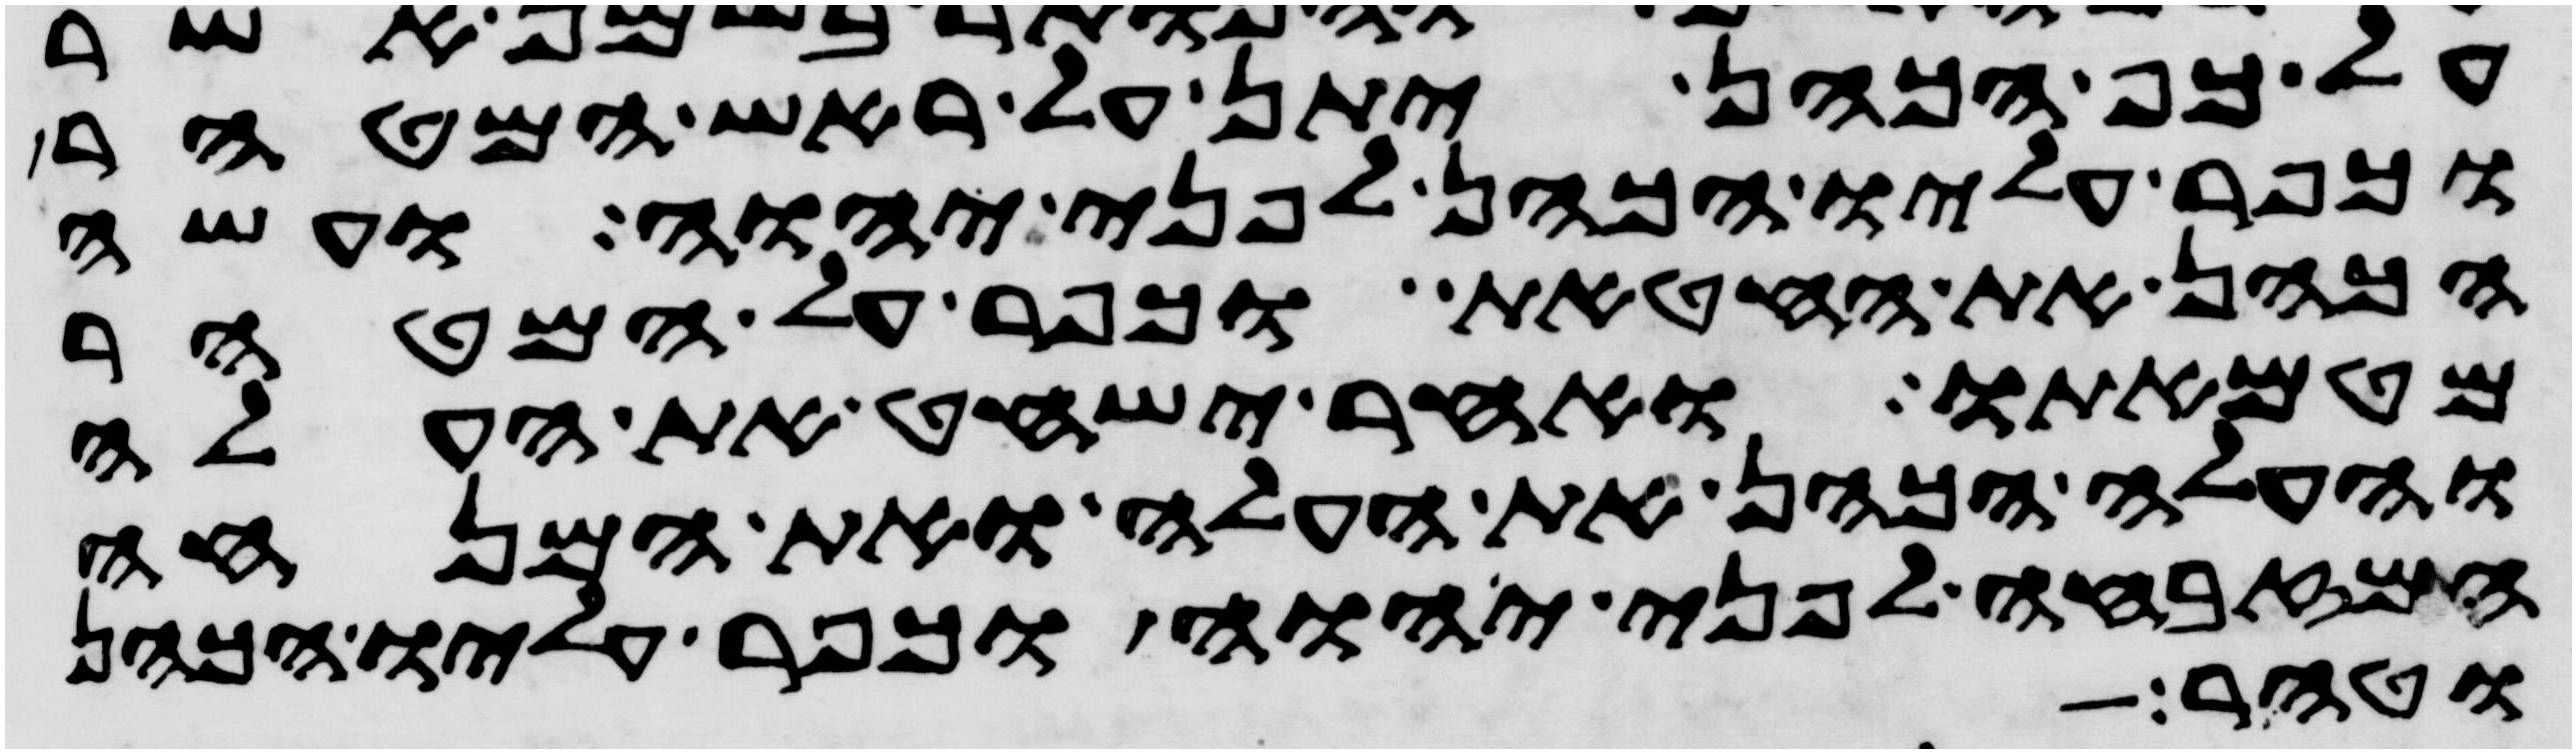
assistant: על כף הכהן יתן על ראש המטהר
וכפר עליו הכהן לפני יהוה ועשה
הכהן את החטאת וכפר על המטהר
מטמאתו ואחר ישחט את העלה
והעלה הכהן את העלה ואת המנחה
המזבחה לפני יהוה וכפר עליו הכהן
וטהר